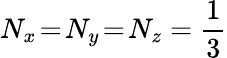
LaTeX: N_{x}\! =\! N_{y}\! =\! N_{z}=\frac{1}{3}